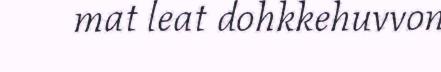
mat leat dohkkehuvvon